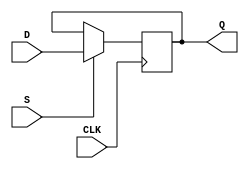
module d_ff_set (
    input D,
    input CLK,
    input S,
    output reg Q
);

always @(posedge CLK) begin
    if(S) begin
        Q <= D;
    end
end

endmodule